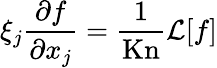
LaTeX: \xi_{j}\frac{\partial f}{\partial x_{j}}=\frac{1}{\mathrm{Kn}}\mathcal{L}[f]